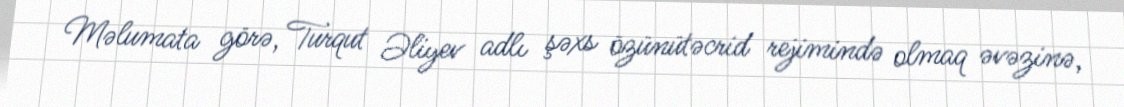
Məlumata görə, Turqut Əliyev adlı şəxs özünütəcrid rejimində olmaq əvəzinə,